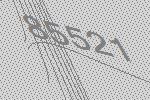
85521